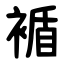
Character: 䙉